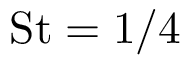
\mathrm { S t } = 1 / 4